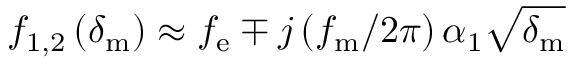
f _ { \mathrm { 1 , 2 } } \left( \delta _ { \mathrm { m } } \right) \approx f _ { \mathrm { e } } \mp j \left( f _ { \mathrm { m } } / 2 \pi \right) \alpha _ { 1 } \sqrt { \delta _ { \mathrm { m } } }